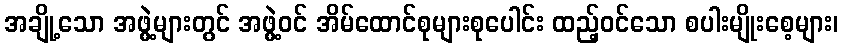
အချို့သော အဖွဲ့များတွင် အဖွဲ့ဝင် အိမ်ထောင်စုများစုပေါင်း ထည့်ဝင်သော စပါးမျိုးစေ့များ၊